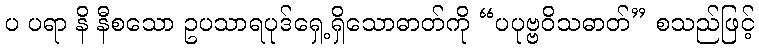
ပ ပရာ နိ နီစသော ဥပသာရပုဒ်ရှေ့ရှိသောဓာတ်ကို “ပပုဗ္ဗဝိသဓာတ်” စသည်ဖြင့်